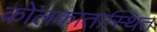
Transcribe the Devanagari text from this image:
कोलकातास्थित